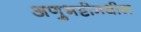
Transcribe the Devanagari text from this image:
अणुभट्टीमधील